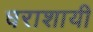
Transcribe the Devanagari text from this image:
घराशायी